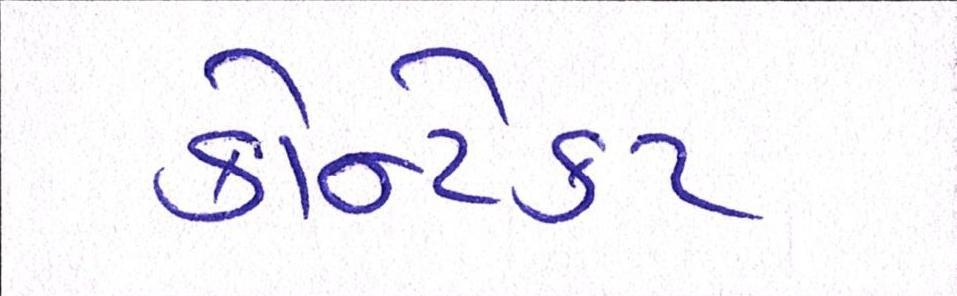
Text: કોન્ટેકટ